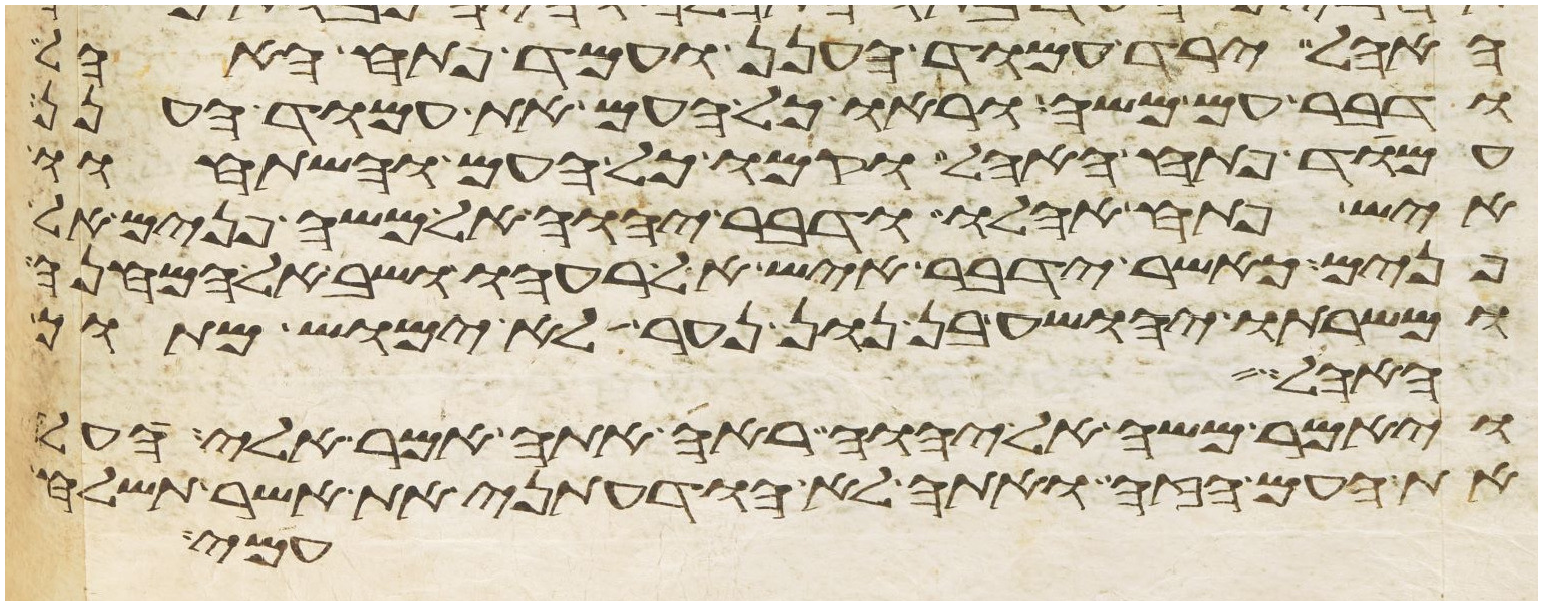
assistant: האהל ירד עמוד הענן ועמד פתח האהל
ודבר עם משה וראו כל העם את עמוד הענן
עמד פתח האהל וקמו כל העם והשתחוו
איש פתח אהלו ודבר יהוה אל משה פנים אל
פנים כאשר ידבר איש אל רעהו ושב אל המחנה
ומשרתו יהושע בן נון נער לא ימוש מתוך
ויאמר משה אל יהוה ראה אתה אמר אלי העל
את העם הזה ואתה לא הודעתני את אשר תשלח
עמי